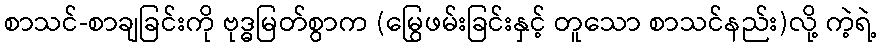
စာသင်-စာချခြင်းကို ဗုဒ္ဓမြတ်စွာက (မြွေဖမ်းခြင်းနှင့် တူသော စာသင်နည်း)လို့ ကဲ့ရဲ့